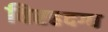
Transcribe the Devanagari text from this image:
विरहदग्ध